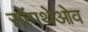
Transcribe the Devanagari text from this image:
सोंगथेओव